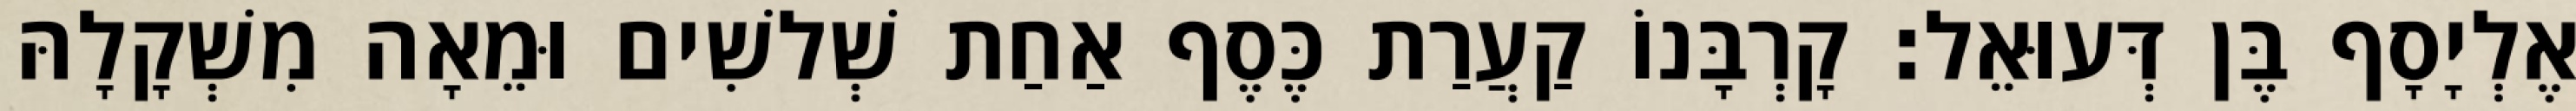
אֶלְיָסָף בֶּן דְּעוּאֵל׃ קָרְבָּנוֹ קַעֲרַת כֶּסֶף אַחַת שְׁלשִׁים וּמֵאָה מִשְׁקָלָהּ